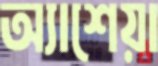
অ্যাশেয়া